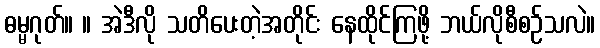
ဓမ္မဂုတ်။ ။ အဲဒီလို သတိပေးတဲ့အတိုင်း နေထိုင်ကြဖို့ ဘယ်လိုစီစဉ်သလဲ။